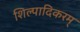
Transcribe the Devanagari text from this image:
शिल्पादिकरम्